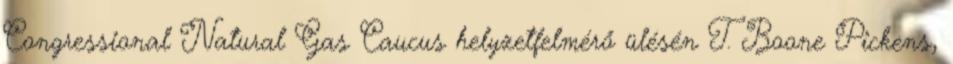
Congressional Natural Gas Caucus helyzetfelmérő ülésén T. Boone Pickens,